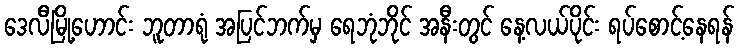
ဒေလီမြို့ဟောင်း ဘူတာရုံ အပြင်ဘက်မှ ရေဘုံဘိုင် အနီးတွင် နေ့လယ်ပိုင်း ရပ်စောင့်နေရန်